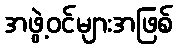
အဖွဲ့ဝင်များအဖြစ်